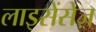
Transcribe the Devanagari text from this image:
लाइसेंसेज़